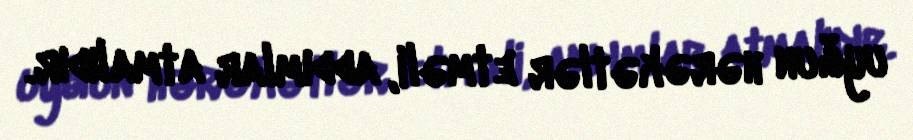
uyğun hərəkətlər etməli, addımlar atmalıdır.